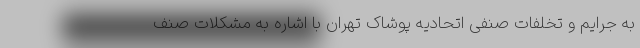
به جرایم و تخلفات صنفی اتحادیه پوشاک تهران با اشاره به مشکلات صنف